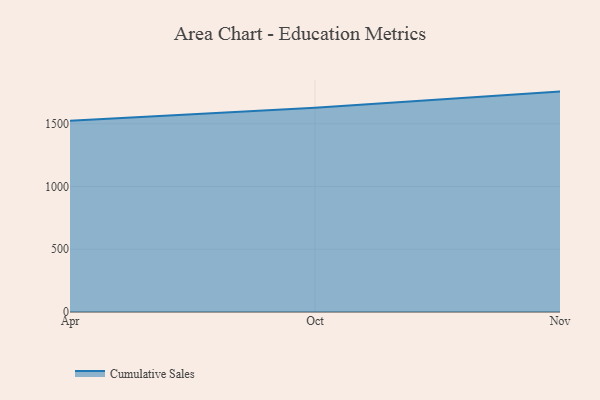
{"axis": {"x": "Month", "y": "Active Users"}, "legend": ["Cumulative Sales"], "data": [{"x": "Apr", "y": 1523.9, "type": "Cumulative Sales"}, {"x": "Oct", "y": 1627.4, "type": "Cumulative Sales"}, {"x": "Nov", "y": 1756.4, "type": "Cumulative Sales"}]}